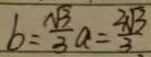
b = \frac { \sqrt { 3 } } { 3 } a = \frac { 2 \sqrt { 3 } } { 3 }